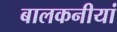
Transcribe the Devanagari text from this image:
बालकनीयां